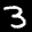
Label: 3